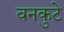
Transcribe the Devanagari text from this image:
वनकुटे